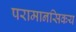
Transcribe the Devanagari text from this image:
परामानसिकय